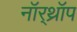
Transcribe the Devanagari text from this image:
नॉर्‌थ्रॉप